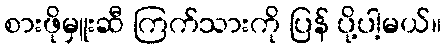
စားဖိုမှူးဆီ ကြက်သားကို ပြန် ပို့ပါ့မယ်။